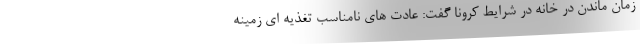
زمان ماندن در خانه در شرایط کرونا گفت: عادت های نامناسب تغذیه ای زمینه